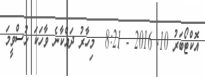
އޮކްޓޯބަރު 10